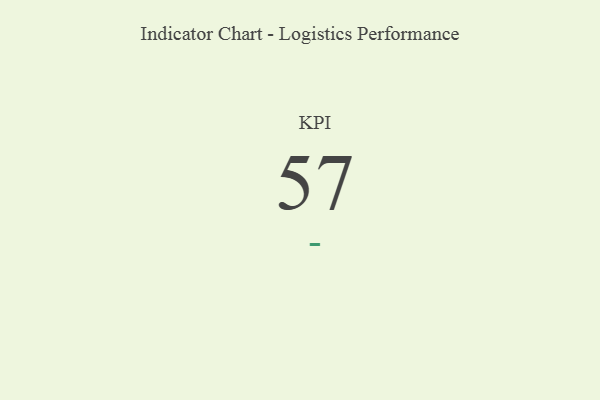
{"axis": {"x": "KPI", "y": "Value"}, "legend": [""], "data": [{"x": "KPI", "y": 57, "type": ""}]}